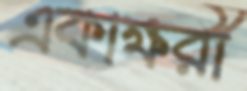
একাক্ষরী